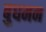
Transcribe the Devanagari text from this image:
बुधमन